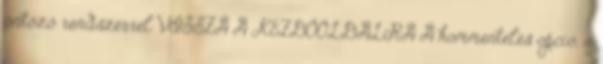
öntöző rendszerrel VISSZA A KEZDŐOLDALRA A kommentelés opció, a